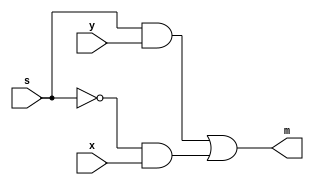
module mux2 (
	input wire x,
	input wire y,
	input wire s,
	output wire m
);

assign m = ( s & y )|( (~s) & x ); // s 0 m = x, s 1 m = y
//m = s ? y : x;   
endmodule

module part1(
	input wire [3:0] X, 
	input wire [3:0] Y, 
	input wire s, 
	output wire [3:0] M
);

mux2 u0(.x(X[3]), .y(Y[3]), .s(s), .m(M[3]));
mux2 u1(.x(X[2]), .y(Y[2]), .s(s), .m(M[2]));
mux2 u2(.x(X[1]), .y(Y[1]), .s(s), .m(M[1]));
mux2 u3(.x(X[0]), .y(Y[0]), .s(s), .m(M[0]));

endmodule

module tbpart1(); // testbench module
reg [3:0] X;
reg [3:0] Y;
reg s;
wire [3:0] M;

part1 u(.X(X), .Y(Y), .s(s), .M(M));

initial begin


X = 4'b0000;
Y = 4'b0000;
s = 1'b0; //  X = 0, Y = 0, s = 0  

#100 X = 4'b0010; 

#100 Y = 4'b1011;

#100 s = 1'b1;

#100 X = 4'b0111;

#100 s = 1'b0; // 100time unit    output  

end

endmodule